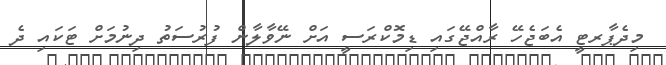
މިދެޕާރޓީ އެބަޖެހޭ ރާއްޖޭގައި ޑިމޮކްރަސީ އަށް ނޭވާލާން ފުރުސަތު ދިނުމަށް ޓަކައި ދެ